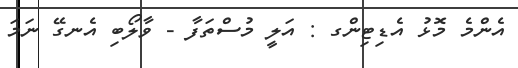
އެންމެ މޮޅު އެޑިޓިންގ : އަލީ މުސްތަފާ - ވާލޯބި އެނގޭ ނަމަ